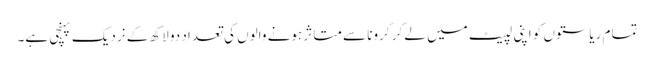
تمام ریاستوں کو اپنی لپیٹ میں لے کر کرونا سے متاثر ہونے والوں کی تعداد دو لاکھ کے نردیک پہنچی ہے۔